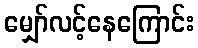
မျှော်လင့်နေကြောင်း